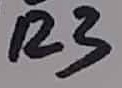
Text: R3